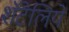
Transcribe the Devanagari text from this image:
शॅटेलिये